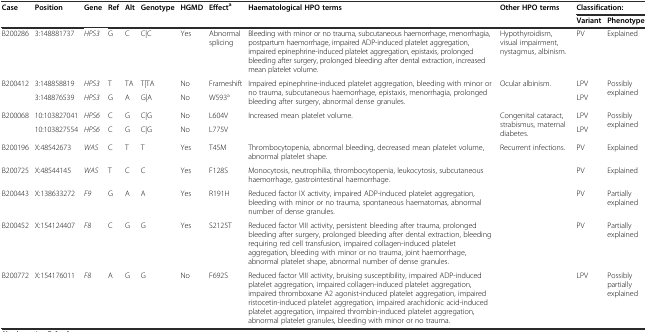
<table><thead><tr><td rowspan="2"><b>Case</b></td><td rowspan="2"><b>Position</b></td><td rowspan="2"><b>Gene</b></td><td rowspan="2"><b>Ref</b></td><td rowspan="2"><b>Alt</b></td><td rowspan="2"><b>Genotype</b></td><td rowspan="2"><b>HGMD</b></td><td rowspan="2"><b>Effect<sup>a</sup></b></td><td rowspan="2"><b>Haematological HPO terms</b></td><td rowspan="2"><b>Other HPO terms</b></td><td colspan="2"><b>Classification:</b></td></tr><tr><td><b>Variant</b></td><td><b>Phenotype</b></td></tr></thead><tbody><tr><td>B200286</td><td>3:148881737</td><td><i>HPS3</i></td><td>G</td><td>C</td><td>C|C</td><td>Yes</td><td>Abnormal splicing</td><td>Bleeding with minor or no trauma, subcutaneous haemorrhage, menorrhagia, postpartum haemorrhage, impaired ADP-induced platelet aggregation, impaired epinephrine-induced platelet aggregation, epistaxis, prolonged bleeding after surgery, prolonged bleeding after dental extraction, increased mean platelet volume.</td><td>Hypothyroidism, visual impairment, nystagmus, albinism.</td><td>PV</td><td>Explained</td></tr><tr><td rowspan="2">B200412</td><td>3:148858819</td><td><i>HPS3</i></td><td>T</td><td>TA</td><td>T|TA</td><td>No</td><td>Frameshift</td><td rowspan="2">Impaired epinephrine-induced platelet aggregation, bleeding with minor or no trauma, subcutaneous haemorrhage, epistaxis, menorrhagia, prolonged bleeding after surgery, abnormal dense granules.</td><td>Ocular albinism.</td><td>LPV</td><td rowspan="2">Possibly explained</td></tr><tr><td>3:148876539</td><td><i>HPS3</i></td><td>G</td><td>A</td><td>G|A</td><td>No</td><td>W593<sup>a</sup></td><td></td><td>LPV</td></tr><tr><td rowspan="2">B200068</td><td>10:103827041</td><td><i>HPS6</i></td><td>C</td><td>G</td><td>C|G</td><td>No</td><td>L604V</td><td rowspan="2">Increased mean platelet volume.</td><td rowspan="2">Congenital cataract, strabismus, maternal diabetes.</td><td>LPV</td><td rowspan="2">Possibly explained</td></tr><tr><td>10:103827554</td><td><i>HPS6</i></td><td>C</td><td>G</td><td>C|G</td><td>No</td><td>L775V</td><td>LPV</td></tr><tr><td>B200196</td><td>X:48542673</td><td><i>WAS</i></td><td>C</td><td>T</td><td>T</td><td>Yes</td><td>T45M</td><td>Thrombocytopenia, abnormal bleeding, decreased mean platelet volume, abnormal platelet shape.</td><td>Recurrent infections.</td><td>PV</td><td>Explained</td></tr><tr><td>B200725</td><td>X:48544145</td><td><i>WAS</i></td><td>T</td><td>C</td><td>C</td><td>Yes</td><td>F128S</td><td>Monocytosis, neutrophilia, thrombocytopenia, leukocytosis, subcutaneous haemorrhage, gastrointestinal haemorrhage.</td><td></td><td>PV</td><td>Explained</td></tr><tr><td>B200443</td><td>X:138633272</td><td><i>F9</i></td><td>G</td><td>A</td><td>A</td><td>Yes</td><td>R191H</td><td>Reduced factor IX activity, impaired ADP-induced platelet aggregation, bleeding with minor or no trauma, spontaneous haematomas, abnormal number of dense granules.</td><td></td><td>PV</td><td>Partially explained</td></tr><tr><td>B200452</td><td>X:154124407</td><td><i>F8</i></td><td>C</td><td>G</td><td>G</td><td>Yes</td><td>S2125T</td><td>Reduced factor VIII activity, persistent bleeding after trauma, prolonged bleeding after surgery, prolonged bleeding after dental extraction, bleeding requiring red cell transfusion, impaired collagen-induced platelet aggregation, bleeding with minor or no trauma, joint haemorrhage, abnormal platelet shape, abnormal number of dense granules.</td><td></td><td>PV</td><td>Partially explained</td></tr><tr><td>B200772</td><td>X:154176011</td><td><i>F8</i></td><td>A</td><td>G</td><td>G</td><td>No</td><td>F692S</td><td>Reduced factor VIII activity, bruising susceptibility, impaired ADP-induced platelet aggregation, impaired collagen-induced platelet aggregation, impaired thromboxane A2 agonist-induced platelet aggregation, impaired ristocetin-induced platelet aggregation, impaired arachidonic acid-induced platelet aggregation, impaired thrombin-induced platelet aggregation, abnormal platelet granules, bleeding with minor or no trauma.</td><td></td><td>LPV</td><td>Possibly partially explained</td></tr></tbody></table>